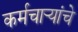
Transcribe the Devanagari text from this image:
कर्मचार्‍यांचे